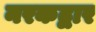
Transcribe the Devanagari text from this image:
नरकद्वार